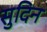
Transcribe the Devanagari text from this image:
सुदिन